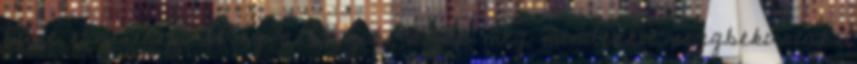
húst ehessenek. Meg a buzik, azok meg mindenkit seggbekúrtak.